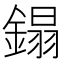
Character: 鎉